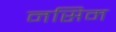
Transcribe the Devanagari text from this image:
नसिम